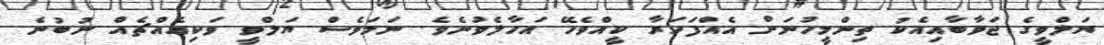
ޔަލްވީގެ ޖަވާބާއިއެކު ތިންމީހުނަށް އެއްފަހަރާ ކީއްވެހޭ އަހާލެވުނެވެ. ނަމަވެސް ޔަލްވީ ވަކިއެއްޗެއް ނުބުނެ